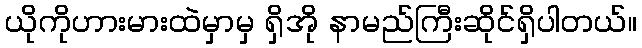
ယိုကိုဟားမားထဲမှာမှ ရှိအို နာမည်ကြီးဆိုင်ရှိပါတယ်။